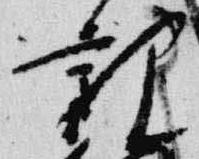
親